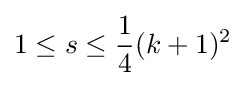
1\leq s\leq {\frac {1}{4}}(k+1)^{2}